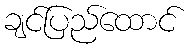
ချင်ပြည်ထောင်